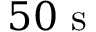
5 0 ~ \mathrm { s }